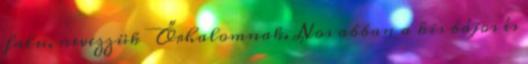
falu, nevezzük Őrhalomnak. Nos abban a kis bájos és